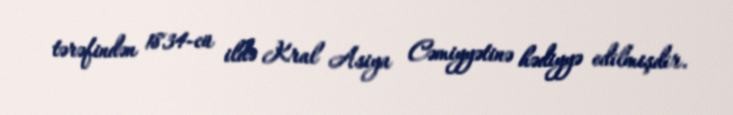
tərəfindən 1834-cü ildə Kral Asiya Cəmiyyətinə hədiyyə edilmişdir.